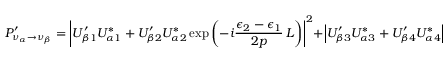
P _ { \nu _ { \alpha } \to \nu _ { \beta } } ^ { \prime } = \left| U _ { \beta 1 } ^ { \prime } U _ { \alpha 1 } ^ { * } + U _ { \beta 2 } ^ { \prime } U _ { \alpha 2 } ^ { * } \exp { \left( - i \frac { \epsilon _ { 2 } - \epsilon _ { 1 } } { 2 p } \, L \right) } \right| ^ { 2 } + \left| U _ { \beta 3 } ^ { \prime } U _ { \alpha 3 } ^ { * } + U _ { \beta 4 } ^ { \prime } U _ { \alpha 4 } ^ { * } \right| ^ { 2 }